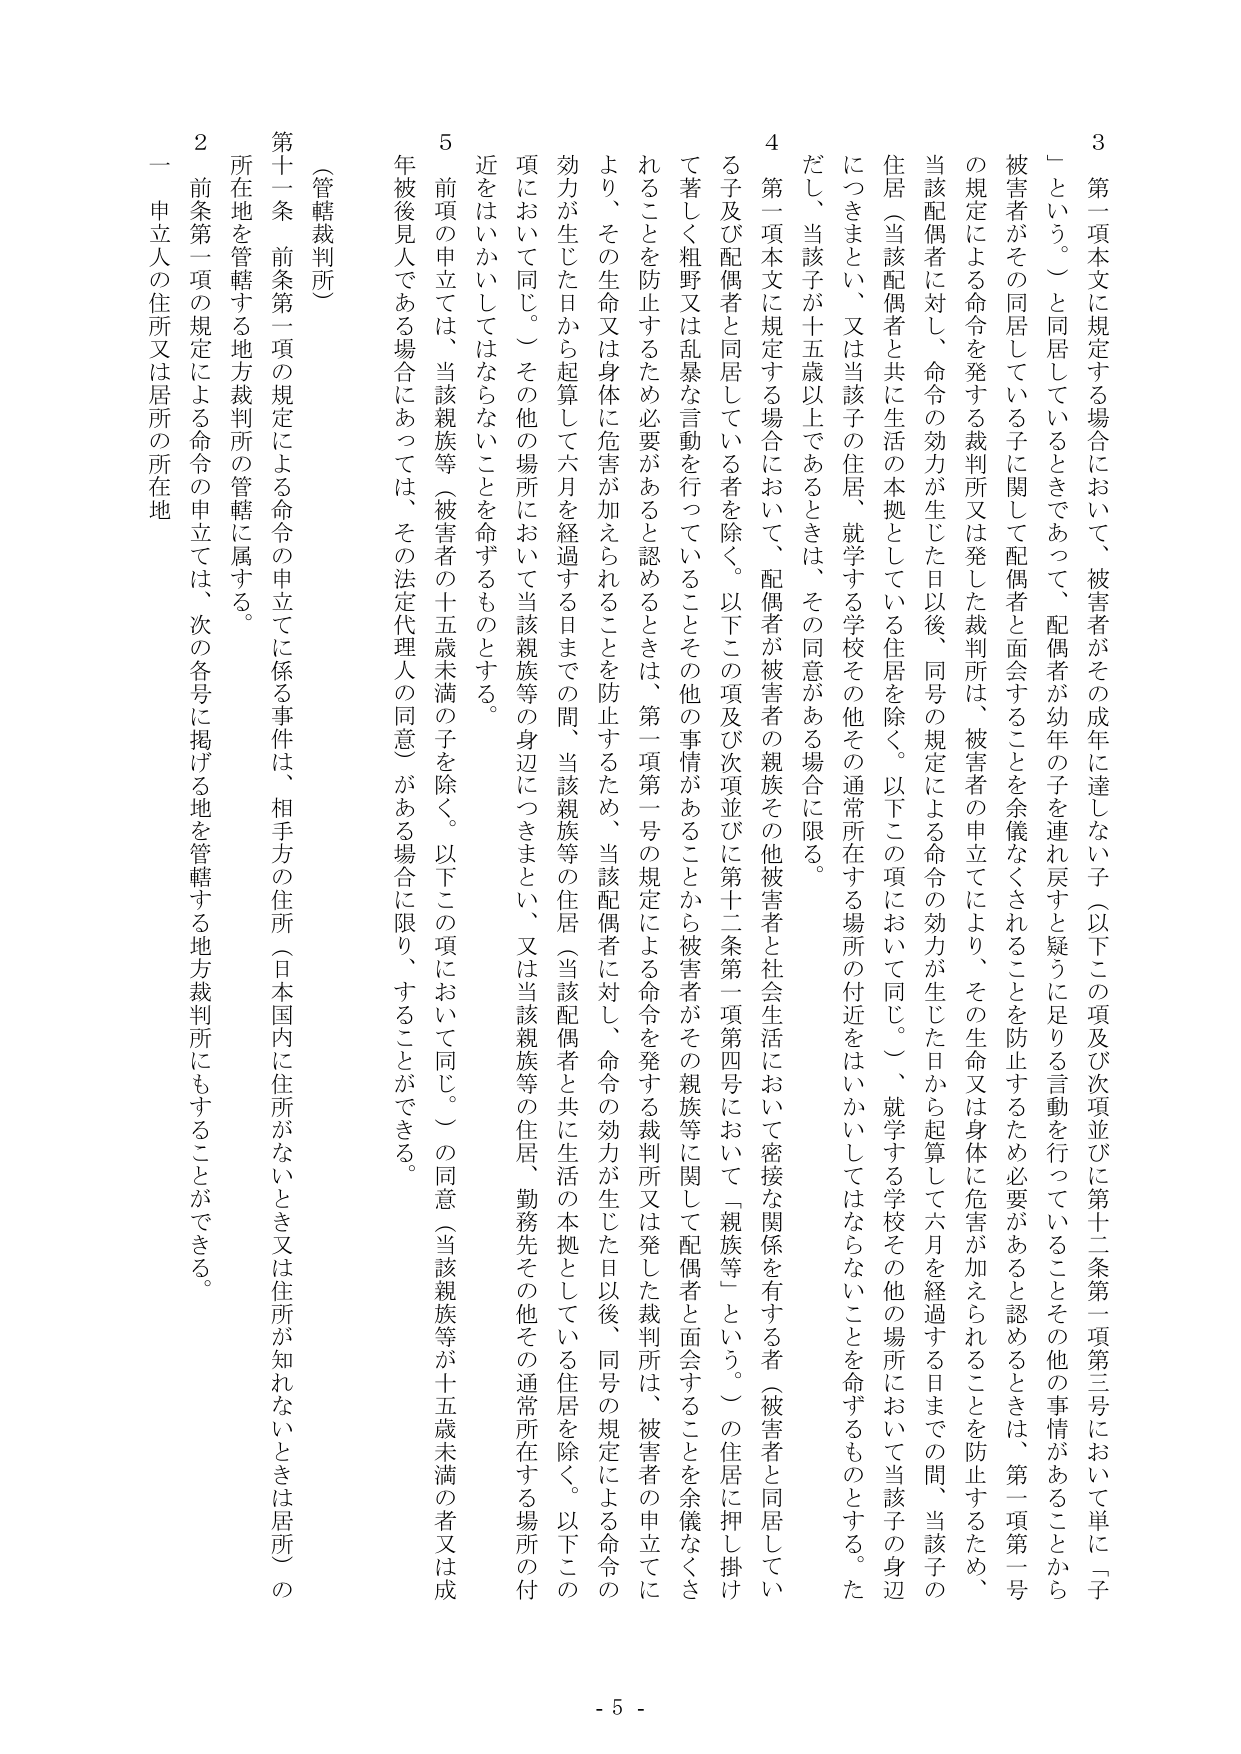
3 第一項本文に規定する場合において、被害者がその成年に達しない子（以下この項及び次項並びに第十二条第一項第三号において単に「子」という。）と同居しているときであって、配偶者が幼年の子を連れ戻すと疑うに足りる言動を行っていることその他の事情があることから被害者がその同居している子に関して配偶者と面会することを余儀なくされることを防止するため必要があると認めるときは、第一項第一号の規定による命令を発する裁判所又は発した裁判所は、被害者の申立てにより、その生命又は身体に危害が加えられることを防止するため、当該配偶者に対し、命令の効力が生じた日以後、同号の規定による命令の効力が生じた日から起算して六月を経過する日までの間、当該子の住居（当該配偶者と共に生活の本拠としている住居を除く。以下この項において同じ。）、就学する学校その他の場所において当該子の身辺につきまとい、又は当該子の住居、就学する学校その他その通常所在する場所の付近をはいかしてはならないことを命ずるものとする。ただし、当該子が十五歳以上であるときは、その同意がある場合に限る。

4 第一項本文に規定する場合において、配偶者が被害者の親族その他被害者と社会生活において密接な関係を有する者（被害者と同居している子及び配偶者と同居している者を除く。以下この項及び次項並びに第十二条第一項第四号において「親族等」という。）の住居に押し掛け、著しく粗野又は乱暴な言動を行っていることその他の事情があることから被害者がその親族等に関して配偶者と面会することを余儀なくされることを防止するため必要があると認めるときは、第一項第一号の規定による命令を発する裁判所又は発した裁判所は、被害者の申立てにより、その生命又は身体に危害が加えられることを防止するため、当該配偶者に対し、命令の効力が生じた日以後、同号の規定による命令の効力が生じた日から起算して六月を経過する日までの間、当該親族等の住居（当該配偶者と共に生活の本拠としている住居を除く。以下この項において同じ。）その他の場所において当該親族等の身辺につきまとい、又は当該親族等の住居、勤務先その他その通常所在する場所の付近をはいかしてはならないことを命ずるものとする。

5 前項の申立ては、当該親族等（被害者の十五歳未満の子を除く。以下この項において同じ。）の同意（当該親族等が十五歳未満の者又は成年被後見人である場合にあっては、その法定代理人の同意）がある場合に限り、することができる。

（管轄裁判所）

第十一条 前条第一項の規定による命令の申立てに係る事件は、相手方の住所（日本国内に住所がないとき又は住所が知れないときは居所）の所在地を管轄する地方裁判所の管轄に属する。

2 前条第一項の規定による命令の申立ては、次の各号に掲げる地を管轄する地方裁判所にもすることができる。

一 申立人の住所又は居所の所在地

- 5 -